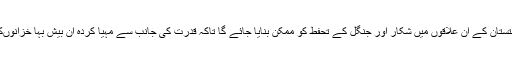
مقامی آبادیوں کے تعاون سے گلگت بلتستان کے ان علاقوں میں شکار اور جنگل کے تحفط کو ممکن بنایا جائے گا تاکہ قدرت کی جانب سے مہیا کردہ ان بیش بہا خزانوںکی بہتر طور پر حفاظت کی جا سکے۔